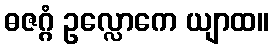
ဓဇဂ္ဂံ ဥလ္လောကေ ယျာထ။